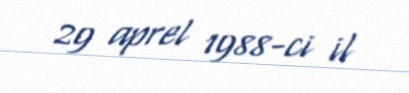
29 aprel 1988-ci il